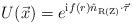
LaTeX: \begin{align*}U(\vec x) = e^{ \mathrm{i} f(r) \hat n_{\mathrm{R(Z)}}\cdot\vec\tau}\end{align*}